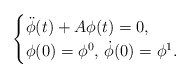
\begin{align*}\begin{cases}\ddot \phi(t) + A \phi(t) = 0, \\\phi(0) = \phi^0, \, \dot \phi(0) = \phi^1.\end{cases}\end{align*}